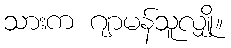
သားက ဂျာမန်သူလျှို။